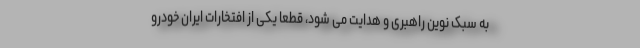
به سبک نوین راهبری و هدایت می شود،‌ قطعا یکی از افتخارات ایران خودرو